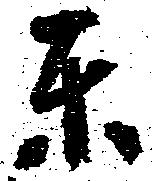
東